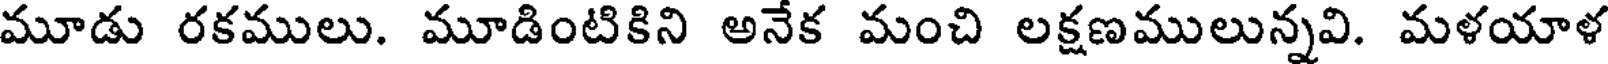
మూడు రకములు. మూడింటికిని అనేక మంచి లక్షణములున్నవి. మళయాళ